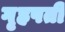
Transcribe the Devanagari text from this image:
गृहपती